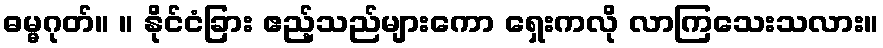
ဓမ္မဂုတ်။ ။ နိုင်ငံခြား ဧည့်သည်များကော ရှေးကလို လာကြသေးသလား။